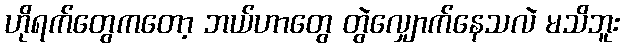
ဟိုရက်တွေကတော့ ဘယ်ဟာတွေ တွဲလျှောက်နေသလဲ မသိဘူး